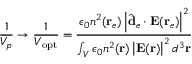
\frac { 1 } { V _ { p } } \rightarrow \frac { 1 } { V _ { \mathrm { o p t } } } = \frac { \epsilon _ { 0 } n ^ { 2 } ( \mathbf { r } _ { e } ) \left| \hat { \mathbf { d } } _ { e } \cdot \mathbf { E } ( \mathbf { r } _ { e } ) \right| ^ { 2 } } { \int _ { V } \epsilon _ { 0 } n ^ { 2 } ( \mathbf { r } ) \left| \mathbf { E } ( \mathbf { r } ) \right| ^ { 2 } d ^ { 3 } \mathbf { r } }